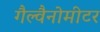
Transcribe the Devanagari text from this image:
गैल्वैनोमीटर